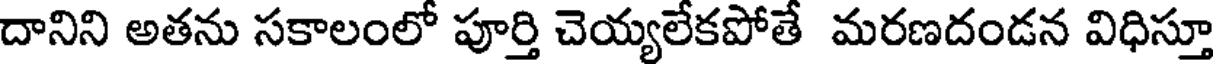
దానిని అతను సకాలంలో పూర్తి చెయ్యలేకపోతే మరణదండన విధిస్తూ